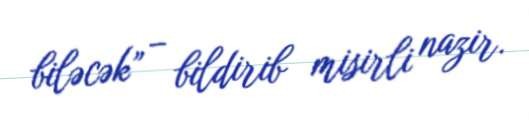
biləcək” – bildirib misirli nazir.